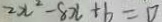
2 x ^ { 2 } - 8 x + b = 0